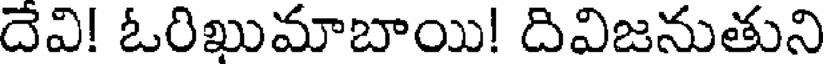
దేవి! ఓరిఖుమాబాయి! దివిజనుతుని